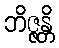
ဘိဇ္ဇန္တိ